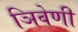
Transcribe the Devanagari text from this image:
ञिवेणी